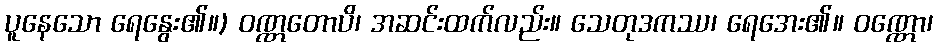
ပူနေသော ရေနွေး၏။) ဝဏ္ဏတောပိ၊ အဆင်းထက်လည်း။ သေတုဒကဿ၊ ရေအေး၏။ ဝဏ္ဏော၊